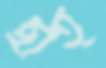
ছাত্